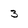
Character: 3